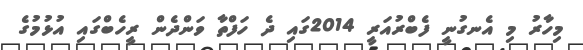
މިހާރު މި އެނގުނީ ފެބްރުއަރީ 2014ގައި ދެ ހަފްތާ ވަންދެން ރީހެބްގައި އުޅުމުގެ